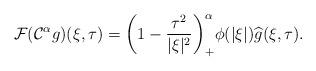
LaTeX: \begin{align*}\mathcal{F}(\mathcal{C}^\alpha g)(\xi,\tau) = \bigg(1-\frac{\tau^2}{|\xi|^2}\bigg)^\alpha_+\phi(|\xi|) \widehat{g}(\xi,\tau).\end{align*}